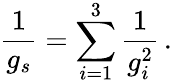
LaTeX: \frac{1}{g_{s}}=\sum_{i=1}^{3}\frac{1}{g_{i}^{2}}\, .